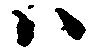
ハ